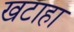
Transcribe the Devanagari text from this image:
खटाहा